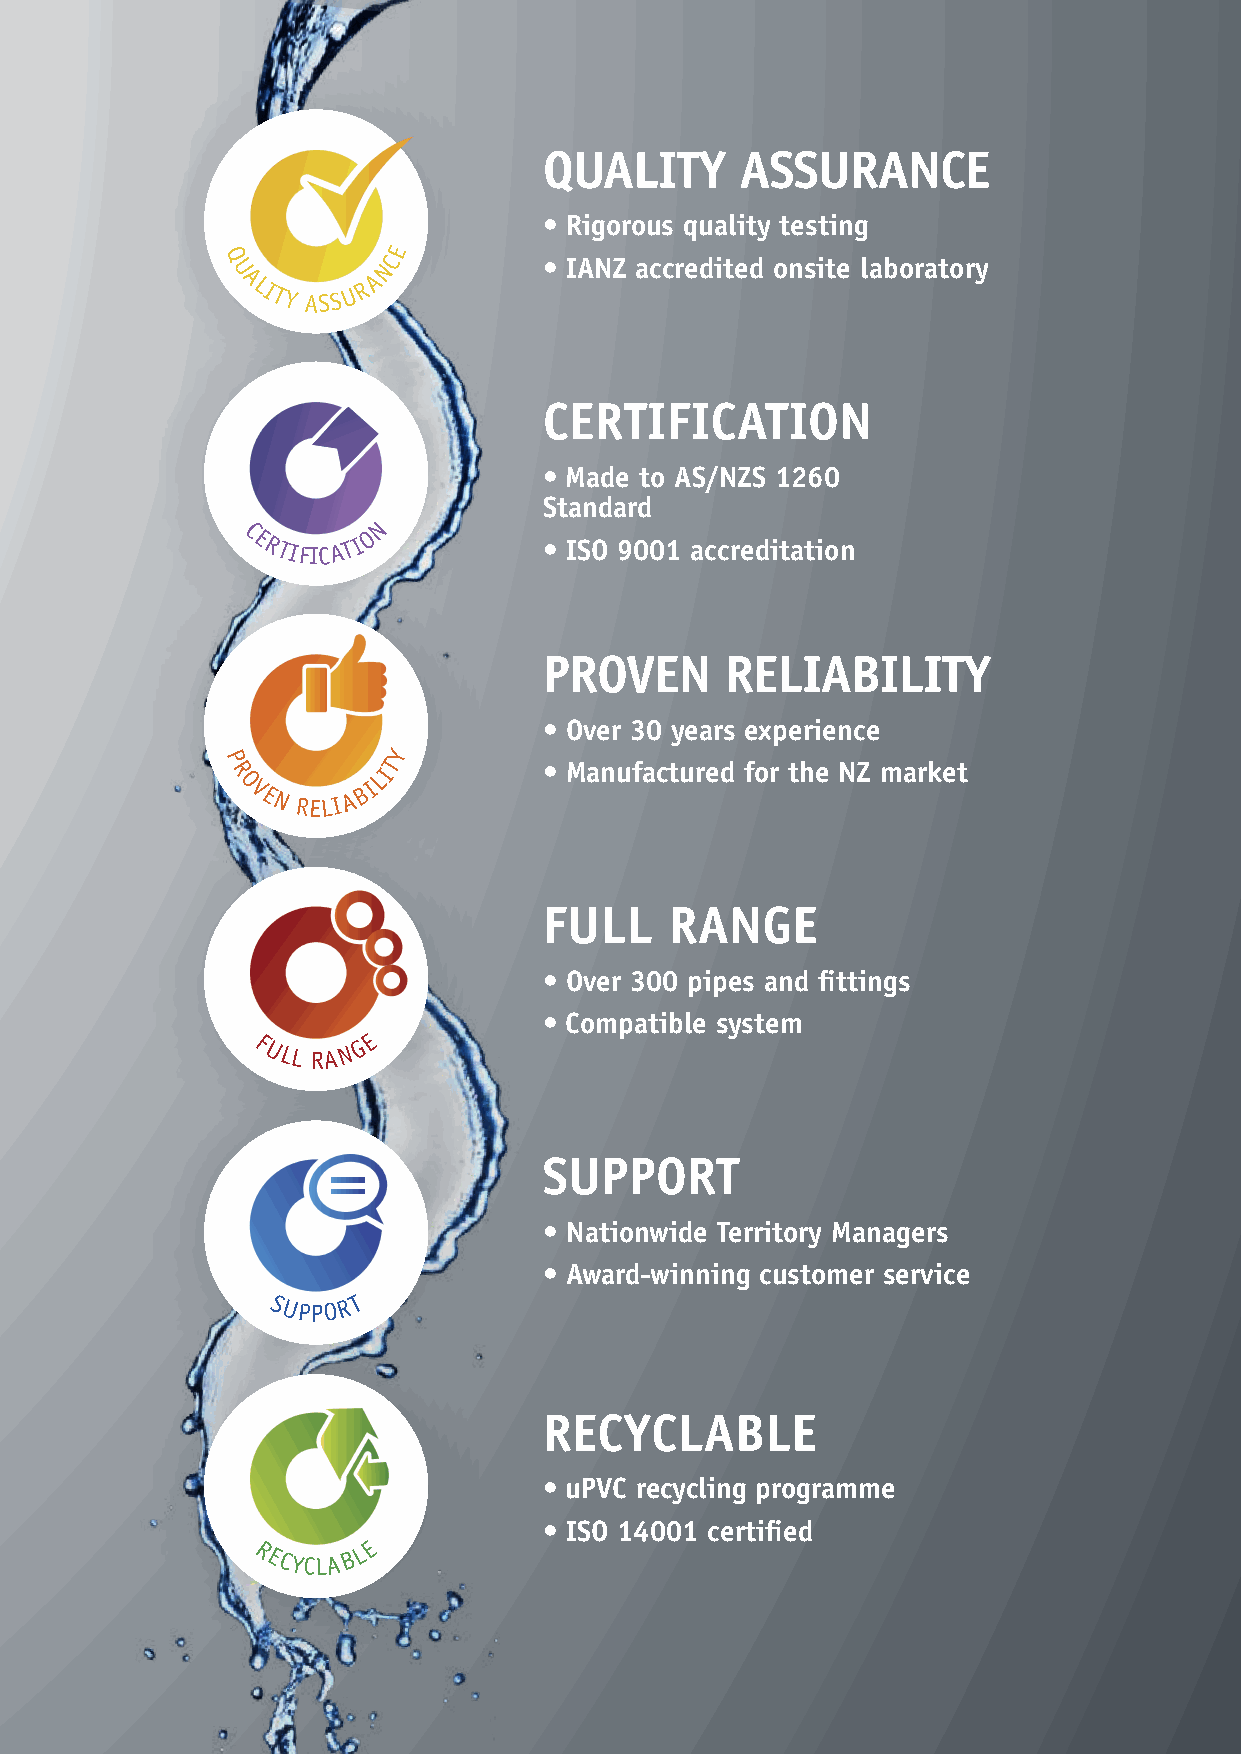
QUALITY      ASSURANCE
 • Rigorous quality testing
 E
 Q
 U
 ALITY ASS U R
 ANC        • IANZ accredited onsite laboratory
 CERTIFICATION
 • Made to AS/NZS 1260
 Standard
 N
 C ERTIFICAT I O     • ISO 9001 accreditation
 PROVEN      RELIABILITY
 • Over 30 years experience
 Y
 P
 R
 O
 VEN RELI A
 BILIT       • Manufactured for the NZ market
 FULL    RANGE
 • Over 300 pipes and fittings
 • Compatible system
 E
 F ULL RA N G
 SUPPORT
 • Nationwide Territory Managers
 • Award-winning customer service
 SUPPO R T
 RECYCLABLE
 • uPVC recycling programme
 • ISO 14001 certified
 E
 RECYCLA B L
 MARLEY OPTIM® DWV SANITARY SYSTEMS TECHNICAL DESIGN MANUAL
 2